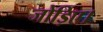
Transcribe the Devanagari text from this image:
जोड़िए।